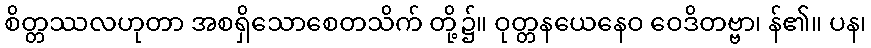
စိတ္တဿလဟုတာ အစရှိသောစေတသိက် တို့၌။ ဝုတ္တနယေနေဝ ဝေဒိတဗ္ဗာ၊ န်၏။ ပန၊